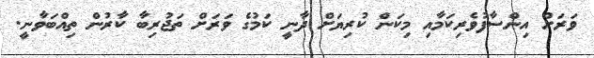
ވަރަށް އިންސާފުވެރިކަމާއި މިކަން ކުރިޔަށް ދާނީ ކަމުގެ ވަރަށް ތަޖުރިބާ ކާރުން ތިއްބަވާނީ.